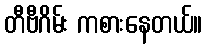
တီဗီဂိမ်း ကစားနေတယ်။